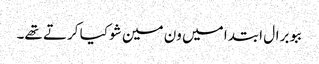
ببو برال ابتدا میں ون مین شو کیا کرتے تھے۔